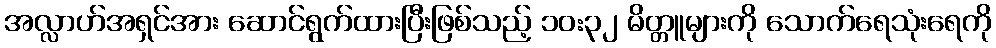
အလ္လာဟ်အရှင်အား ဆောင်ရွက်ထားပြီးဖြစ်သည့် ၁၀:၃၂ မိတ္တူများကို သောက်ရေသုံးရေကို